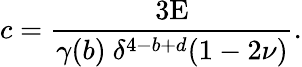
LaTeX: c=\frac{3\textup{E}}{\gamma(b)\ \delta^{4-b+d}(1-2\nu)}.